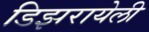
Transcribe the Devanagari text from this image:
डिझरायेली